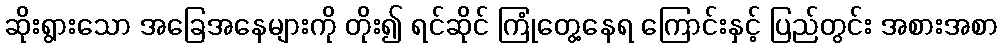
ဆိုးရွားသော အခြေအနေများကို တိုး၍ ရင်ဆိုင် ကြုံတွေ့နေရ ကြောင်းနှင့် ပြည်တွင်း အစားအစာ